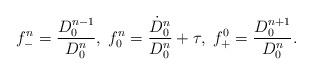
LaTeX: \begin{align*}f^n_{-}=\frac{D_0^{n-1}}{D_0^n},\; f_0^n=\frac{\dot D_0^n}{D_0^n}+\tau ,\; f_+^0=\frac{D_0^{n+1}}{D_0^n}.\end{align*}